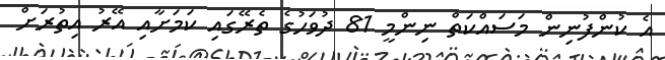
އެ ކުންފުނިން މަސައްކަތް ނިންމީ 81 ދުވަހުގެ ތެރޭގައި ކަމަށާއި އޭރު އިތުރަށް